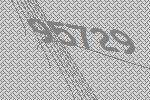
95729